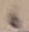
Text: 6